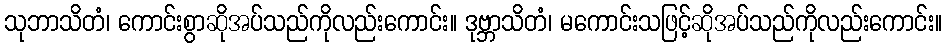
သုဘာသိတံ၊ ကောင်းစွာဆိုအပ်သည်ကိုလည်းကောင်း။ ဒုဗ္ဘာသိတံ၊ မကောင်းသဖြင့်ဆိုအပ်သည်ကိုလည်းကောင်း။